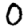
Digit: 0